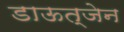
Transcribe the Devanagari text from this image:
डाऊत्जेन